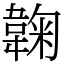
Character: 䪕